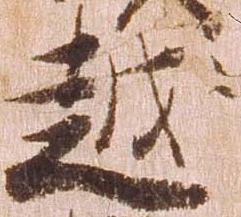
越